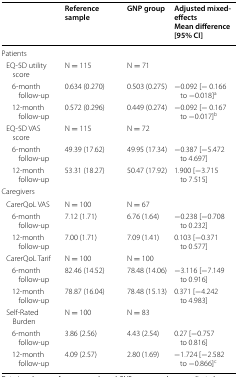
<table><thead><tr><td></td><td><b>Reference sample</b></td><td><b>GNP group</b></td><td><b>Adjusted mixed-effectsMean difference [95% CI]</b></td></tr></thead><tbody><tr><td colspan="4">Patients</td></tr><tr><td> EQ-5D utility score</td><td>N = 115</td><td>N = 71</td><td></td></tr><tr><td>6-month follow-up</td><td>0.634 (0.270)</td><td>0.503 (0.275)</td><td>−0.092 [− 0.166 to −0.018]<sup>a</sup></td></tr><tr><td>12-month follow-up</td><td>0.572 (0.296)</td><td>0.449 (0.274)</td><td>−0.092 [− 0.167 to −0.017]<sup>b</sup></td></tr><tr><td> EQ-5D VAS score</td><td>N = 115</td><td>N = 72</td><td></td></tr><tr><td>6-month follow-up</td><td>49.39 (17.62)</td><td>49.95 (17.34)</td><td>−0.387 [−5.472 to 4.697]</td></tr><tr><td>12-month follow-up</td><td>53.31 (18.27)</td><td>50.47 (17.92)</td><td>1.900 [−3.715 to 7.515]</td></tr><tr><td colspan="4">Caregivers</td></tr><tr><td> CarerQoL VAS</td><td>N = 100</td><td>N = 67</td><td></td></tr><tr><td>6-month follow-up</td><td>7.12 (1.71)</td><td>6.76 (1.64)</td><td>−0.238 [−0.708 to 0.232]</td></tr><tr><td>12-month follow-up</td><td>7.00 (1.71)</td><td>7.09 (1.41)</td><td>0.103 [−0.371 to 0.577]</td></tr><tr><td> CarerQoL Tarif</td><td>N = 100</td><td>N = 100</td><td></td></tr><tr><td>6-month follow-up</td><td>82.46 (14.52)</td><td>78.48 (14.06)</td><td>−3.116 [−7.149 to 0.916]</td></tr><tr><td>12-month follow-up</td><td>78.87 (16.04)</td><td>78.48 (15.13)</td><td>0.371 [−4.242 to 4.983]</td></tr><tr><td> Self-Rated Burden</td><td>N = 100</td><td>N = 83</td><td></td></tr><tr><td>6-month follow-up</td><td>3.86 (2.56)</td><td>4.43 (2.54)</td><td>0.27 [−0.757 to 0.816]</td></tr><tr><td>12-month follow-up</td><td>4.09 (2.57)</td><td>2.80 (1.69)</td><td>−1.724 [−2.582 to −0.866]<sup>c</sup></td></tr></tbody></table>